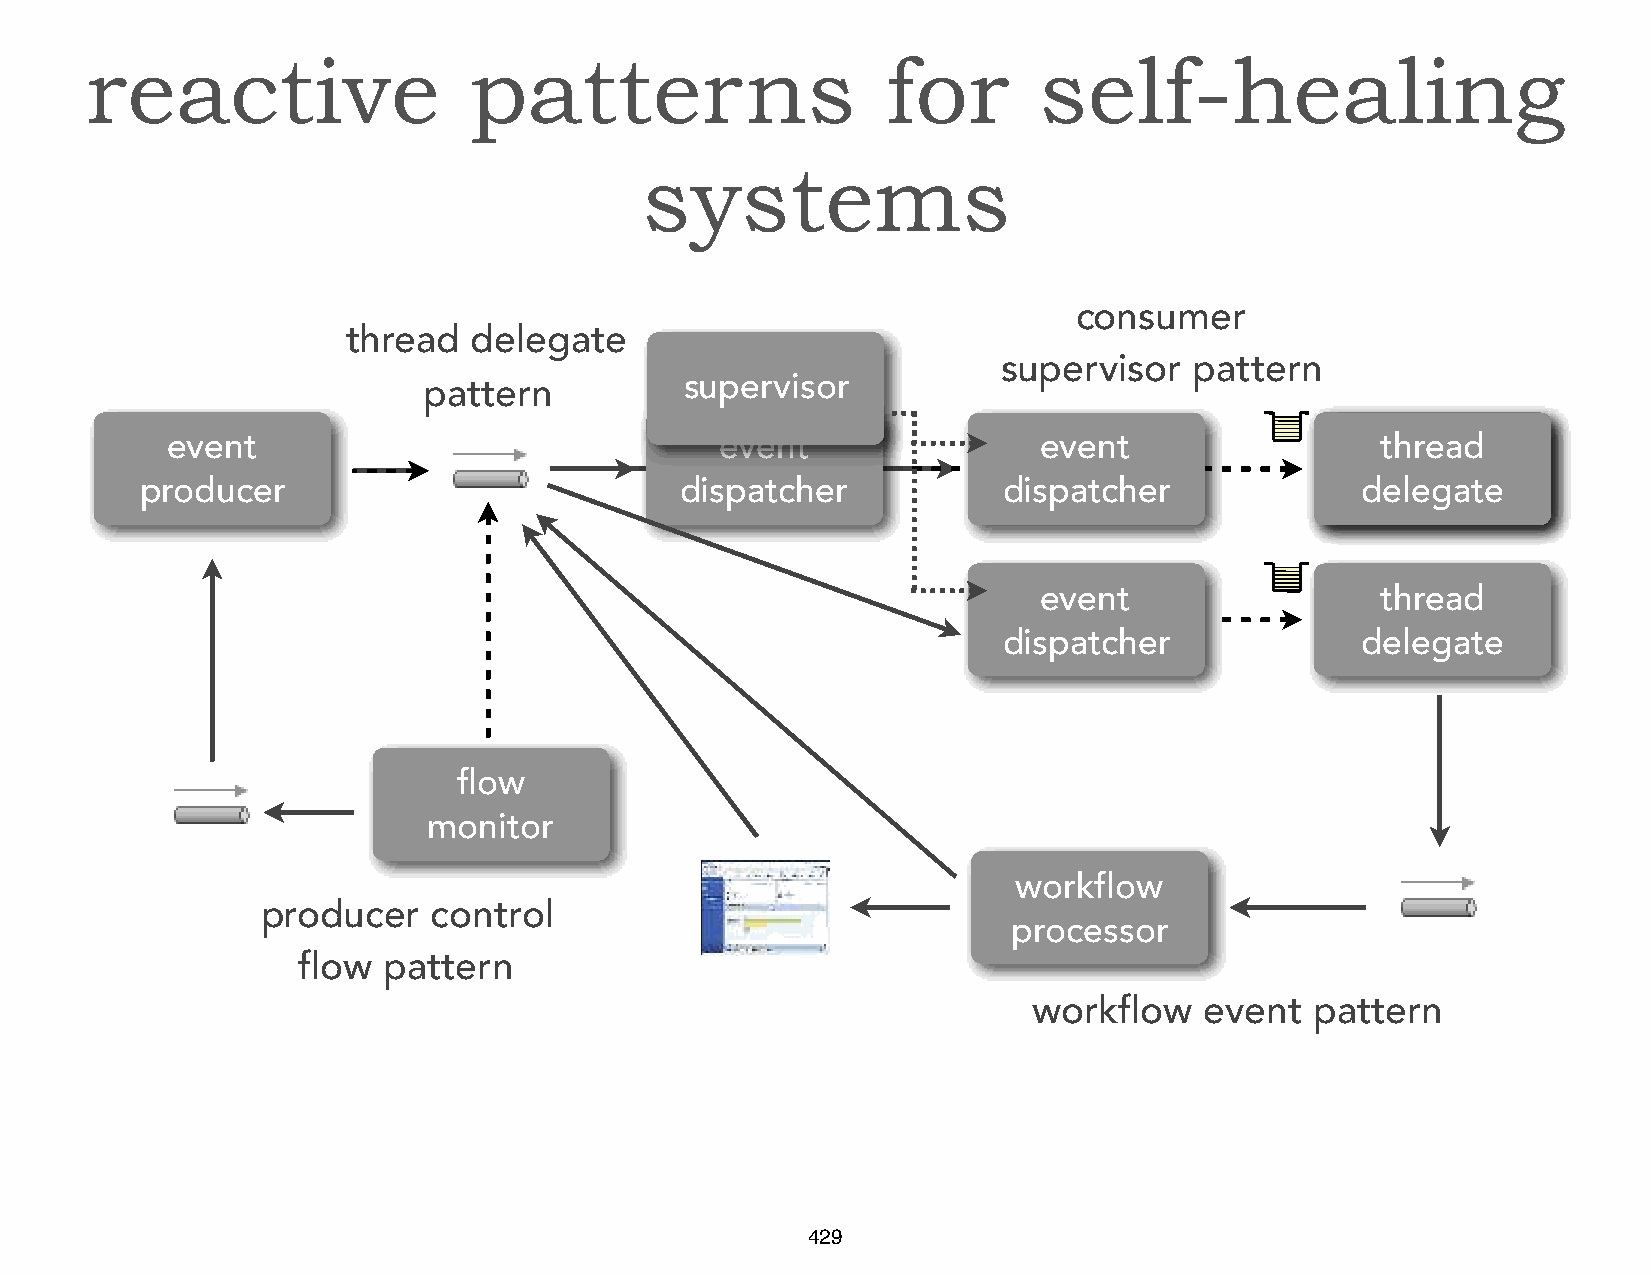
reactive                 patterns                    for       self-healing
 systems
 consumer
 thread  delegate
 supervisor   pattern
 pattern          supervisor
 event                                event                event                 tthhrreeaadd
 producer                            dispatcher           dispatcher              ddeelleeggaattee
 event                 thread
 dispatcher              delegate
 flow
 monitor
 workflow
 producer    control
 processor
 flow pattern
 workflow    event  pattern
 429